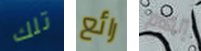
تلك رائع إلهام